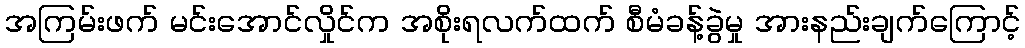
အကြမ်းဖက် မင်းအောင်လှိုင်က အစိုးရလက်ထက် စီမံခန့်ခွဲမှု အားနည်းချက်ကြောင့်